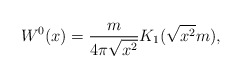
\begin{align*}W^0(x)={m\over 4\pi\sqrt{x^2}}K_1(\sqrt{x^2}m),\end{align*}